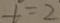
t = 2